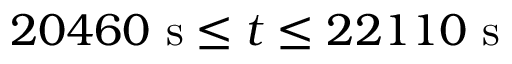
2 0 4 6 0 \ \mathrm { s } \leq t \leq 2 2 1 1 0 \ \mathrm { s }